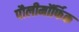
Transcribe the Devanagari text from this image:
पौलीमॉर्फिक